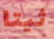
ثيتا